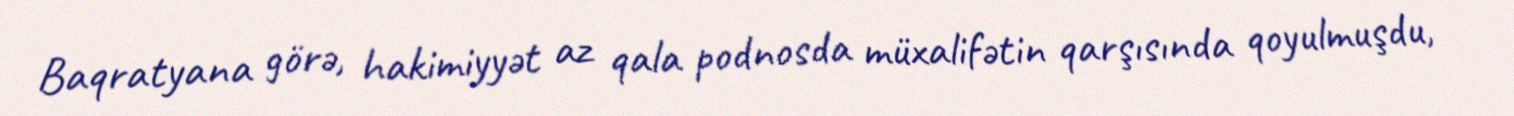
Baqratyana görə, hakimiyyət az qala podnosda müxalifətin qarşısında qoyulmuşdu,